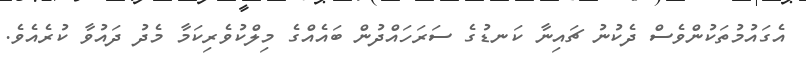
އެގައުމުތަކުންވެސް ދެކުނު ޗައިނާ ކަނޑުގެ ސަރަހައްދުން ބައެއްގެ މިލްކުވެރިކަމާ މެދު ދައުވާ ކުރެއެވެ.